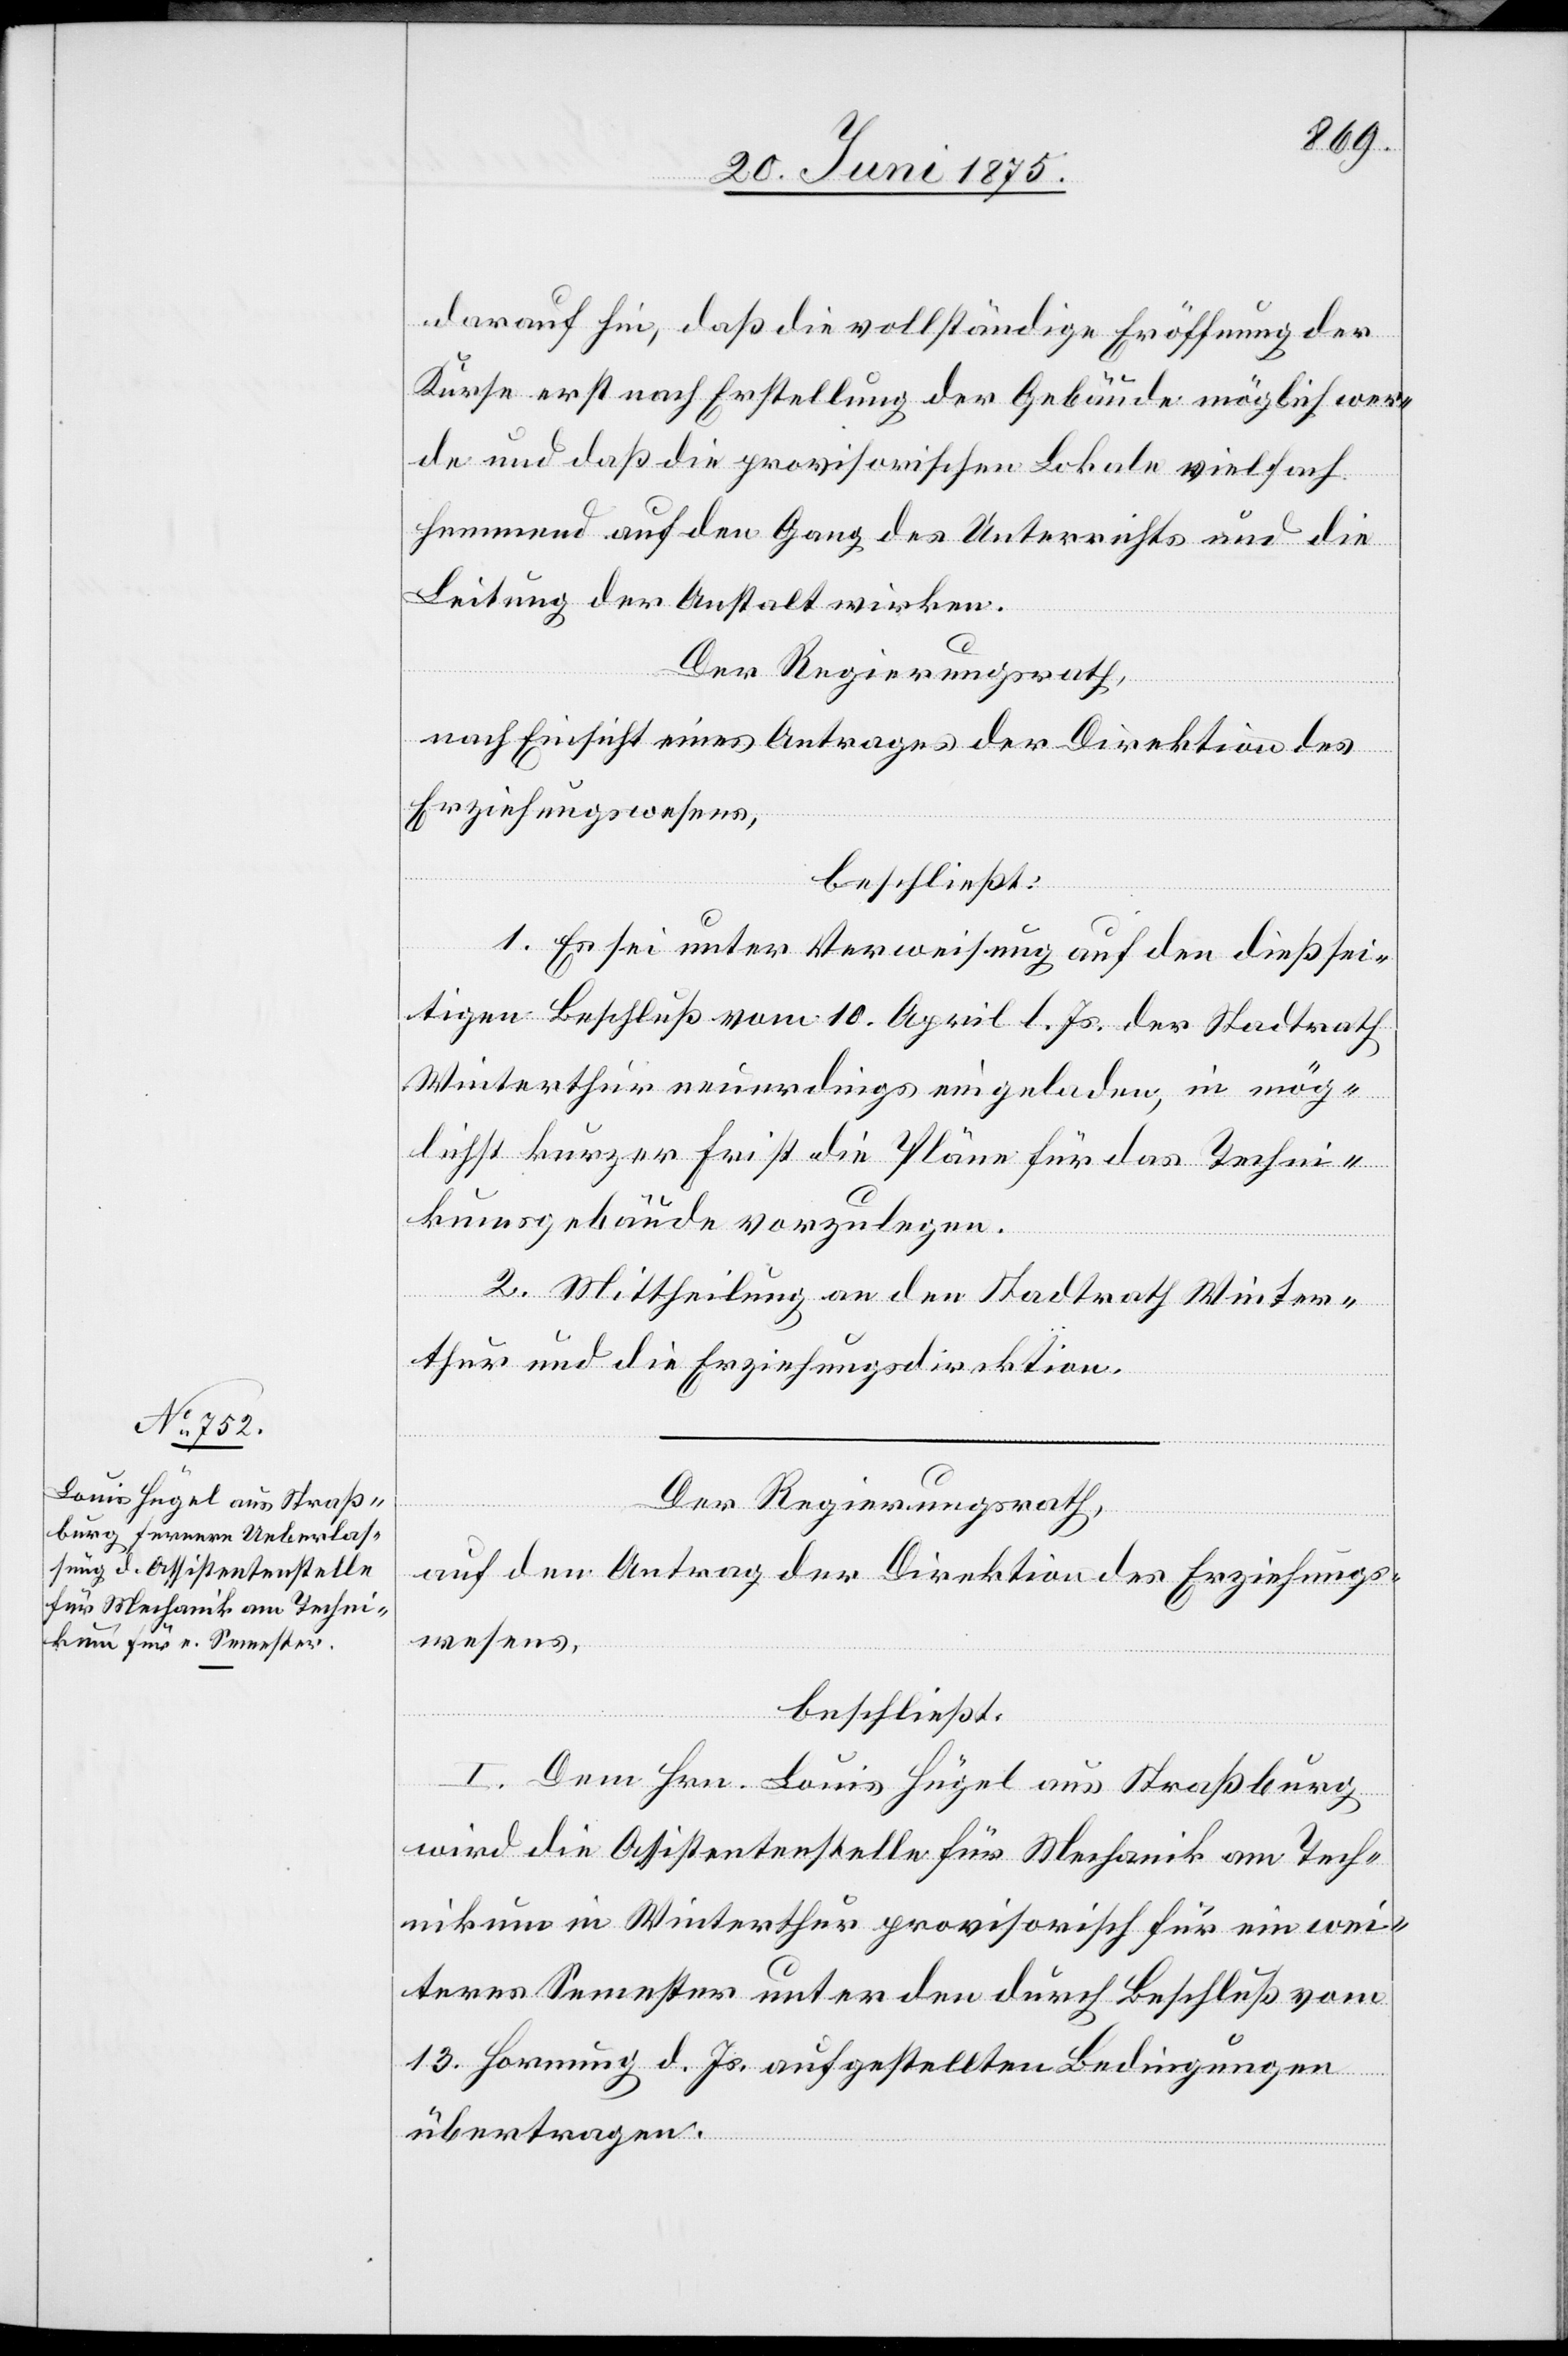
darauf hin, daß die vollständige Eröffnung der
Kurse erst nach Erstellung der Gebäude möglich wer¬
de und daß die provisorischen Lokale vielfach
hemmend auf den Gang des Unterrichtes und die
Leitung der Anstalt wirken.
Der Regierungsrath,
nach Einsicht eines Antrages der Direktion des
Erziehungswesens,
beschließt:
1. Es sei unter Verweisung auf den dießsei¬
tigen Beschluß vom 10. April d. Js. der Stadtrath
Winterthur neuerdings eingeladen, in mög¬
lichst kurzer Frist die Pläne für das Techni¬
kumsgebäude vorzulegen.
2. Mittheilung an den Stadtrath Winter¬
thur und die Erziehungsdirektion.
Der Regierungsrath,
auf den Antrag der Direktion des Erziehungs¬
wesens,
beschließt:
I. Dem Hrn. Louis Hügel aus Straßburg
wird die Assistenzstelle für Mechanik am Tech¬
nikum in Winterthur provisorisch für ein wei¬
teres Semester unter den durch Beschluß vom
13. Hornung d. Js. aufgestellten Bedingungen
übertragen.